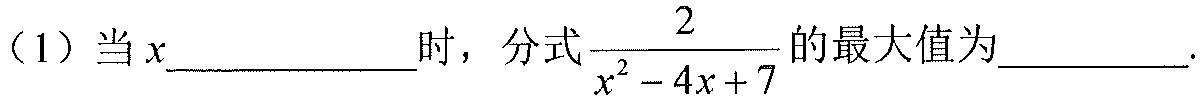
（1）当\(x\underline{\quad\quad}\)时，分式\(\dfrac{2}{x^{2}-4x + 7}\)的最大值为\(\underline{\quad\quad}\).